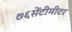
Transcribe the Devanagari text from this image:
७६सेंटीमीटर